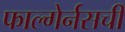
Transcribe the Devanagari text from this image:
फाल्गेर्नसची